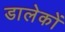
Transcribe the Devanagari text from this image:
डालेकों